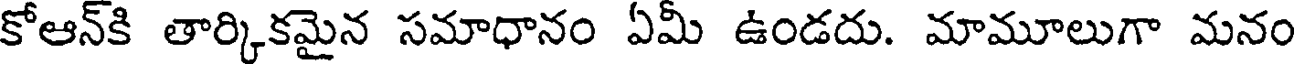
కోఆన్కి తార్కికమైన సమాధానం ఏమీ ఉండదు. మామూలుగా మనం